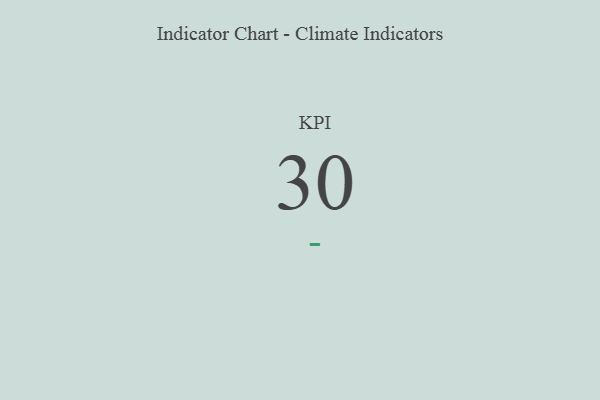
{"axis": {"x": "KPI", "y": "Value"}, "legend": [""], "data": [{"x": "KPI", "y": 30, "type": ""}]}